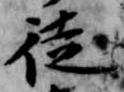
徒